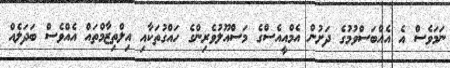
ނަމަވެސް އެ އެއްބަސްވުމުގެ ދަށުން އެމްއީއެސްގެ މަސްއޫލުވެރިންގެ ހައްގުތަކާއި އިލްތިޒާމްތައް އެއްވެސް ބަދަލެއް